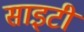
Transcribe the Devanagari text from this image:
साइटी